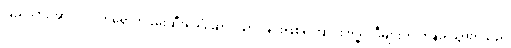
ပြည်သားအားလုံး လာရောက်ဖမ်းဆီးခေါ်ဆောင်သွားခြင်းဖြစ်ကြောင်း ဗုဒ္ဓဝါဒီများကို တုန်ခါသွားရသည့်